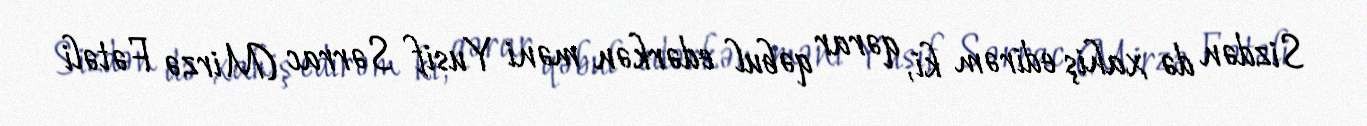
Sizdən də xahiş edirəm ki, qərar qəbul edərkən məni Yusif Sərrac (Mirzə Fətəli